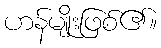
ဟန်မျိုးဖြစ်၏။